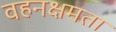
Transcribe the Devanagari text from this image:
वहनक्षमता